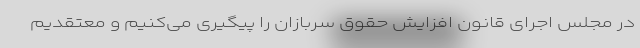
در مجلس اجرای قانون افزایش حقوق سربازان را پیگیری می‌کنیم و معتقدیم